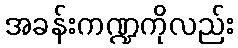
အခန်းကဏ္ဍကိုလည်း